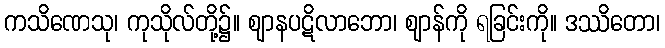
ကသိဏေသု၊ ကုသိုလ်တို့၌။ ဈာနပဋိလာဘော၊ ဈာန်ကို ရခြင်းကို။ ဒဿိတော၊